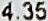
4.35